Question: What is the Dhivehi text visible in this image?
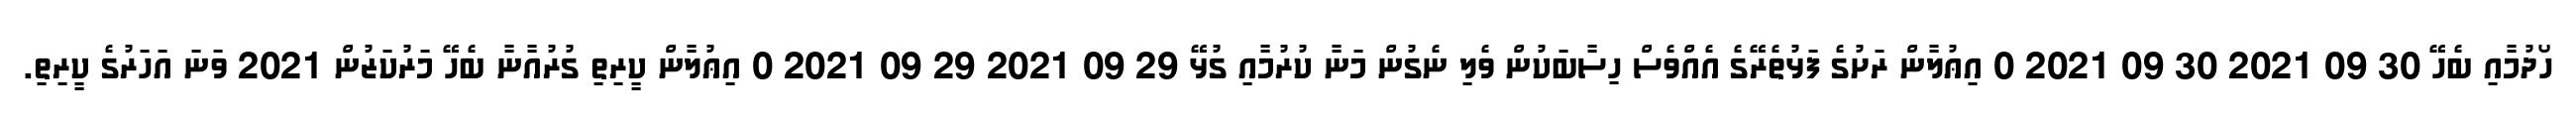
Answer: ހޯދުމާއި ބެހޭ 30 09 2021 30 09 2021 0 އިޢުލާން ރަށުގެ ފަޅުތެރޭގެ އެއްވެސް ހިސާބަކުން ވެލި ނެގުން މަނާ ކުރުމާއި ގުޅޭ 29 09 2021 29 09 2021 0 އިޢުލާން ކީރިތި ގުރުއާނާ ބެހޭ މަރުކަޒުން 2021 ވަނަ އަހަރުގެ ކީރިތި.